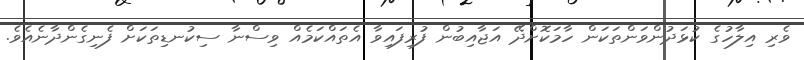
ވެރި އިލާހުގެ ކުޅަދުންވަންތަކަން ހާމަކޮށްދޭ އަޖާއިބުން ފުރިފައިވާ އެތައްކަމެއް ވިސްނާ ސިކުނޑިތަކަށް ފެނިގެންދާނެއެވެ.